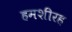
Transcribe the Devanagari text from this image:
हमशीरह